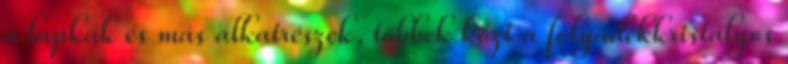
a lapkák és más alkatrészek, többek közt a folyadékkristályos